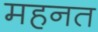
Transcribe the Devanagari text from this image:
महनत